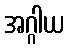
အဂ္ဂါယ